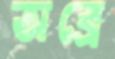
অব্রে